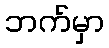
ဘက်မှာ